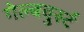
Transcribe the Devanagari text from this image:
गेल्बवुर्स्ट